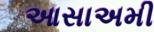
આસાઅમી